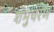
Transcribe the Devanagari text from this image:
शंभुचरण